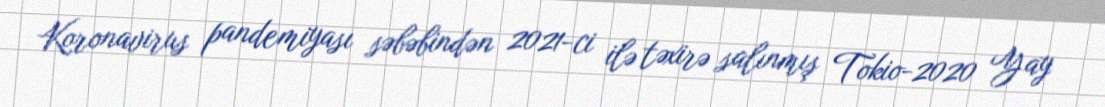
Koronavirus pandemiyası səbəbindən 2021-ci ilə təxirə salınmış Tokio-2020 Yay